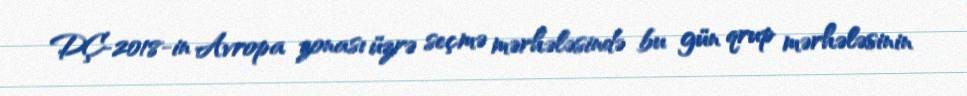
DÇ-2018-in Avropa zonası üzrə seçmə mərhələsində bu gün qrup mərhələsinin